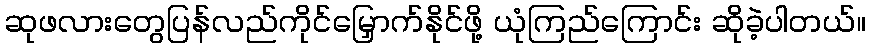
ဆုဖလားတွေပြန်လည်ကိုင်မြှောက်နိုင်ဖို့ ယုံကြည်ကြောင်း ဆိုခဲ့ပါတယ်။